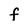
Character: F